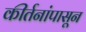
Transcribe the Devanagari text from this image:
कीर्तनांपासून